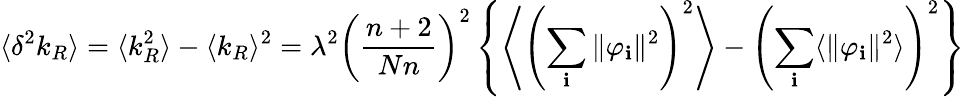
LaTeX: \langle\delta^{2}k_{R}\rangle=\langle k_{R}^{2}\rangle-\langle k_{R}\rangle^{2}=\lambda^{2}\left(\frac{n+2}{Nn}\right)^{2}\left\{ \left\langle\left(\sum_{\mathbf i}\Vert\varphi_{\mathbf i}\Vert^{2}\right)^{2}\right\rangle-\left(\sum_{\mathbf i}\langle\Vert\varphi_{\mathbf i}\Vert^{2}\rangle\right)^{2}\right\}